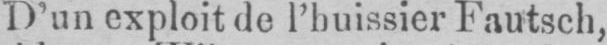
D’un exploit de l’huissier Fautsch,